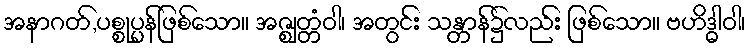
အနာဂတ်,ပစ္စုပ္ပန်ဖြစ်သော။ အဇ္ဈတ္တံဝါ၊ အတွင်း သန္တာန်၌လည်း ဖြစ်သော။ ဗဟိဒ္ဓါဝါ၊